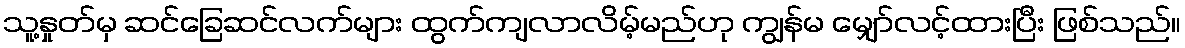
သူ့နှုတ်မှ ဆင်ခြေဆင်လက်များ ထွက်ကျလာလိမ့်မည်ဟု ကျွန်မ မျှော်လင့်ထားပြီး ဖြစ်သည်။